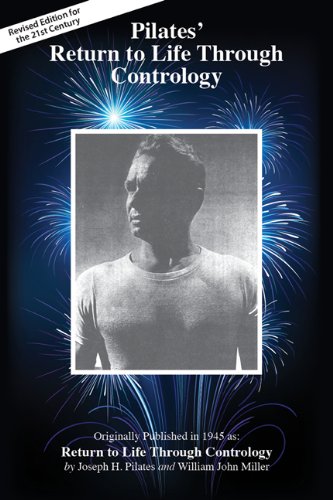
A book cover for Pilates' Return to Life Through Contrology: Revised Edition for the 21st Century; Joseph Pilates; Health, Fitness & Dieting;